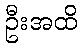
ဦးအထိ